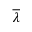
\overline { { \lambda } }